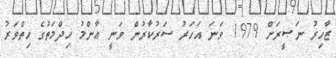
ޒާހިރު ނަޞީރަށް 1979 ވަނަ އަހަރު ސަރުކާރުން ވަނީ ޢާންމު ޚިދްމަތުގެ ހިތްވަރު